Malaria in the Punjab - Number 46
Disease focus: Malaria
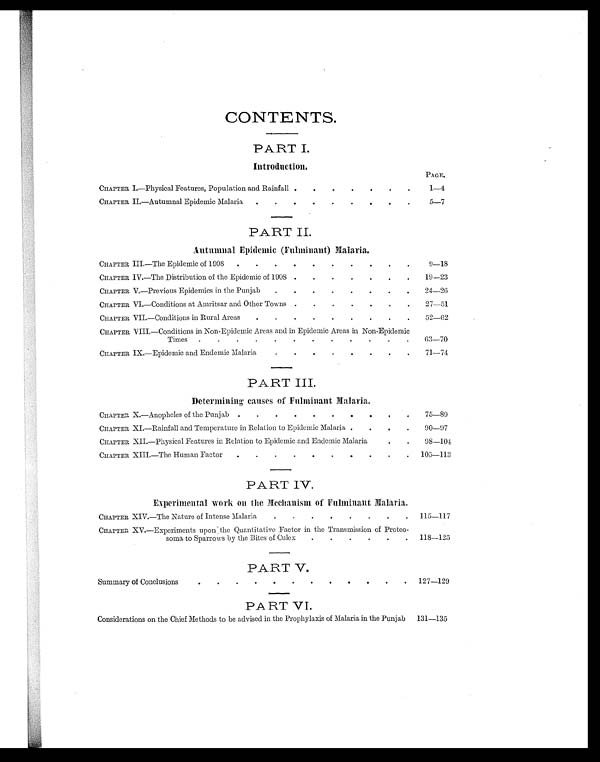
CONTENTS.
PART I.
I n t r o d u c t i o n .
P A G E .
CHAPTER I.—Physical Features, Population and Rainfall .
.
.
.
.
.
.
1—4
CHAPTER II.—Autumnal Epidemic Malaria
.
.
.
.
.
.
.
.
.
5—7
PART II.
Autumnal Epidemic (Fulminant) Malaria.
CHAPTER III.—The Epidemic of 1908
. . . . . . . . . .
9—18
CHAPTER IV.—The Distribution of the Epidemic of 1908 .
.
.
.
.
.
.
19—23
CHAPTER V.—Previous Epidemics in the Punjab
. . . . . . . .
24—26
CHAPTER VI.—Conditions at Amritsar and Other Towns .
.
.
.
.
.
.
27—51
CHAPTER VII.—Conditions in Rural Areas
.
.
.
.
.
.
.
.
.
52—62
CHAPTER VIII.—Conditions in Non-Epidemic Areas and in Epidemic Areas in Non-Epidemic
Times
.
.
.
.
.
.
.
.
.
.
.
.
63—70
CHAPTER IX.—Epidemic and Endemic Malaria
.
. . . . . . .
71—74
PART III.
Determining causes of Fulminant Malaria.
CHAPTER X.—Anopheles of the Punjab .
.
.
.
. . . . . .
7 5 —8 9
CHAPTER XI.—Rainfall and Temperature in Relation to Epidemic Malaria
.
.
.
90—97
CHAPTER XII.—Physical Features in Relation to Epidemic and Endemic Malaria
.
.
98—104
CHAPTER XIII.—The Human Factor
.
.
.
.
.
.
.
.
.
.
105—113
PART IV.
Experimental work on the Mechanism of Fulminant Malaria.
CHAPTER XIV.—The Nature of Intense Malaria
. . . . . . . . 115—117
CHAPTER XV.—Experiments upon the Quantitative Factor in the Transmission of Proteo-
soma to Sparrows by the Bites of Culex
.
.
.
.
.
.
118—125
PART V.
Summary of Conclusions
.
. . . .
127—129
PART VI.
Considerations on the Chief Methods to be advised in the Prophylaxis of Malaria in the Punjab
131—135